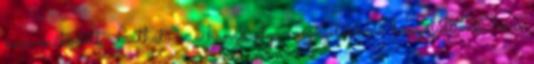
nem működött. Láthatóan a hangkártya megnyitásának bonyolult 20 éves